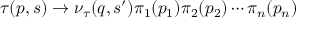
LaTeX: \tau ( p , s ) \to \nu _ { \tau } ( q , s ^ { \prime } ) \pi _ { 1 } ( p _ { 1 } ) \pi _ { 2 } ( p _ { 2 } ) \cdots \pi _ { n } ( p _ { n } )